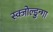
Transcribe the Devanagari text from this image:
स्क्जोल्डुन्गा